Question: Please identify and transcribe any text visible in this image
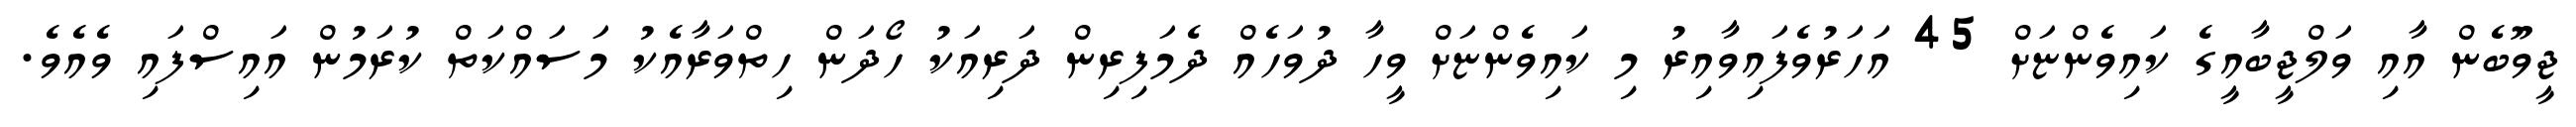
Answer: ޖީވޫބެން އާއި ވަލްޖީބާއީގެ ކައިވެންޏަށް 45 އަހަރުވެފައިވާއިރު މި ކައިވެންޏަށް ވީހާ ދުވަހެއް ދެމަފިރިން ދަރިއަކު ހޯދަން ހިތްވަރާއެކު މަސައްކަތް ކުރަމުން އައިސްފައި ވެއެވެ.